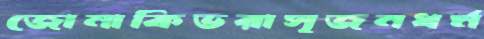
জোনাকিভরাসৃজনধর্ম